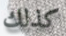
كذلك